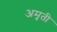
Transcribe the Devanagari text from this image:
अमृती